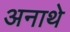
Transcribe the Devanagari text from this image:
अनाथे